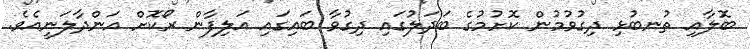
ބޮލާއި ތުނބުޅި ދިގުވުމުން ކޮށުމުގެ ބަދަލުގައި ދިގުވާ ބައިގައި އަލިފާން ރޯކޮށް އަންދާލަނީއެވެ.